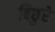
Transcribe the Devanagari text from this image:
बिछुरे